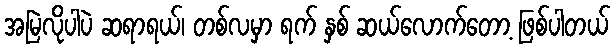
အမြဲလိုပါပဲ ဆရာရယ်၊ တစ်လမှာ ရက် နှစ် ဆယ်လောက်တော့ ဖြစ်ပါတယ်